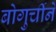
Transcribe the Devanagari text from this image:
बोगुर्चीने